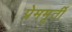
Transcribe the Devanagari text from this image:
प्रेममूर्ती